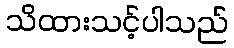
သိထားသင့်ပါသည်